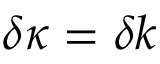
\delta \kappa = \delta k